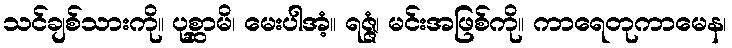
သင်ချစ်သားကို။ ပုစ္ဆာမိ၊ မေးပါအံ့။ ရဇ္ဇံ၊ မင်းအဖြစ်ကို။ ကာရေတုကာမေန၊